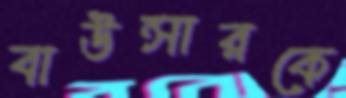
বাউন্সারকে